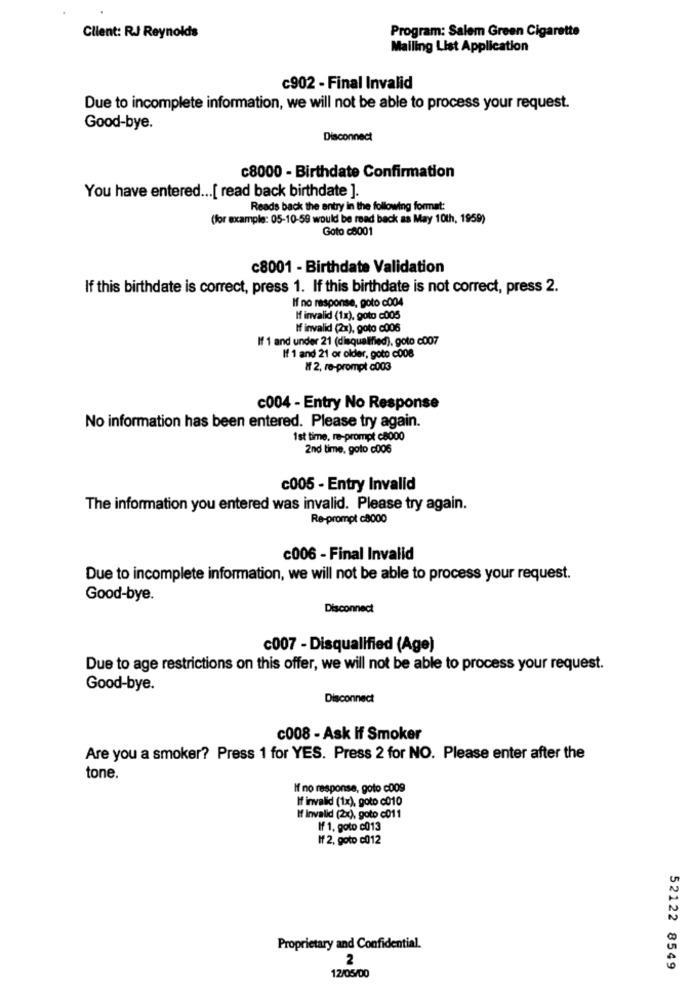
Program: Salem Green Cigarette
Client: RJ Reynolds
Mailing List Application
c902 - Final Invalid
Due to incomplete information, we will not be able to process your request.
Good-bye.
Disconnect
c8000 - Birthdate Confirmation
You have entered ... [ read back birthdate ].
Reads back the entry in the following format:
(for example: 05-10-59 would be read back as May 10th, 1959)
Goto c8001
c8001 - Birthdate Validation
If this birthdate is correct, press 1. If this birthdate is not correct, press 2.
If no response, goto c004
I invalid (1x), goto c005
If invalid (2x), goto c006
If 1 and under 21 (disqualified), goto c007
If 1 and 21 or older, goto c008
# 2, re-prompt c003
c004 - Entry No Response
No information has been entered. Please try again.
1st time, re-prompt c8000
2nd time, goto c006
c005 - Entry Invalid
The information you entered was invalid. Please try again.
Re-prompt c8000
c006 - Final Invalid
Due to incomplete information, we will not be able to process your request.
Good-bye.
Disconnect
c007 - Disqualified (Age)
Due to age restrictions on this offer, we will not be able to process your request.
Good-bye.
Disconnect
c008 - Ask if Smoker
Are you a smoker? Press 1 for YES. Press 2 for NO. Please enter after the
tone.
If no response, goto c009
If invalid (1x), goto c010
If Invalid (2x), goto c011
If 1. goto c013
If 2, goto c012
Proprietary and Confidential.
2
52122 8549
12/05/00